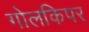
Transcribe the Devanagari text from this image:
गोलकिपर